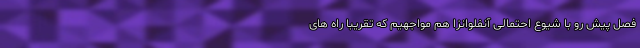
فصل پیش رو با شیوع احتمالی آنفلوانزا هم مواجهیم که تقریبا راه های